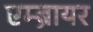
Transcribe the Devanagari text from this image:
एम्ब्रायर